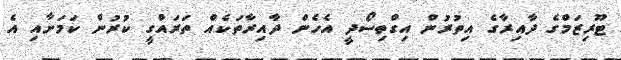
ޓޫރިޒަމްގެ ދާއިރާގެ އިތުރުން އިގްތިސޯދީ އެހެން ދާއިރާތަކެއް ތަރައްގީ ކުރުން ކަމަށާއި އެ